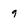
Character: 9